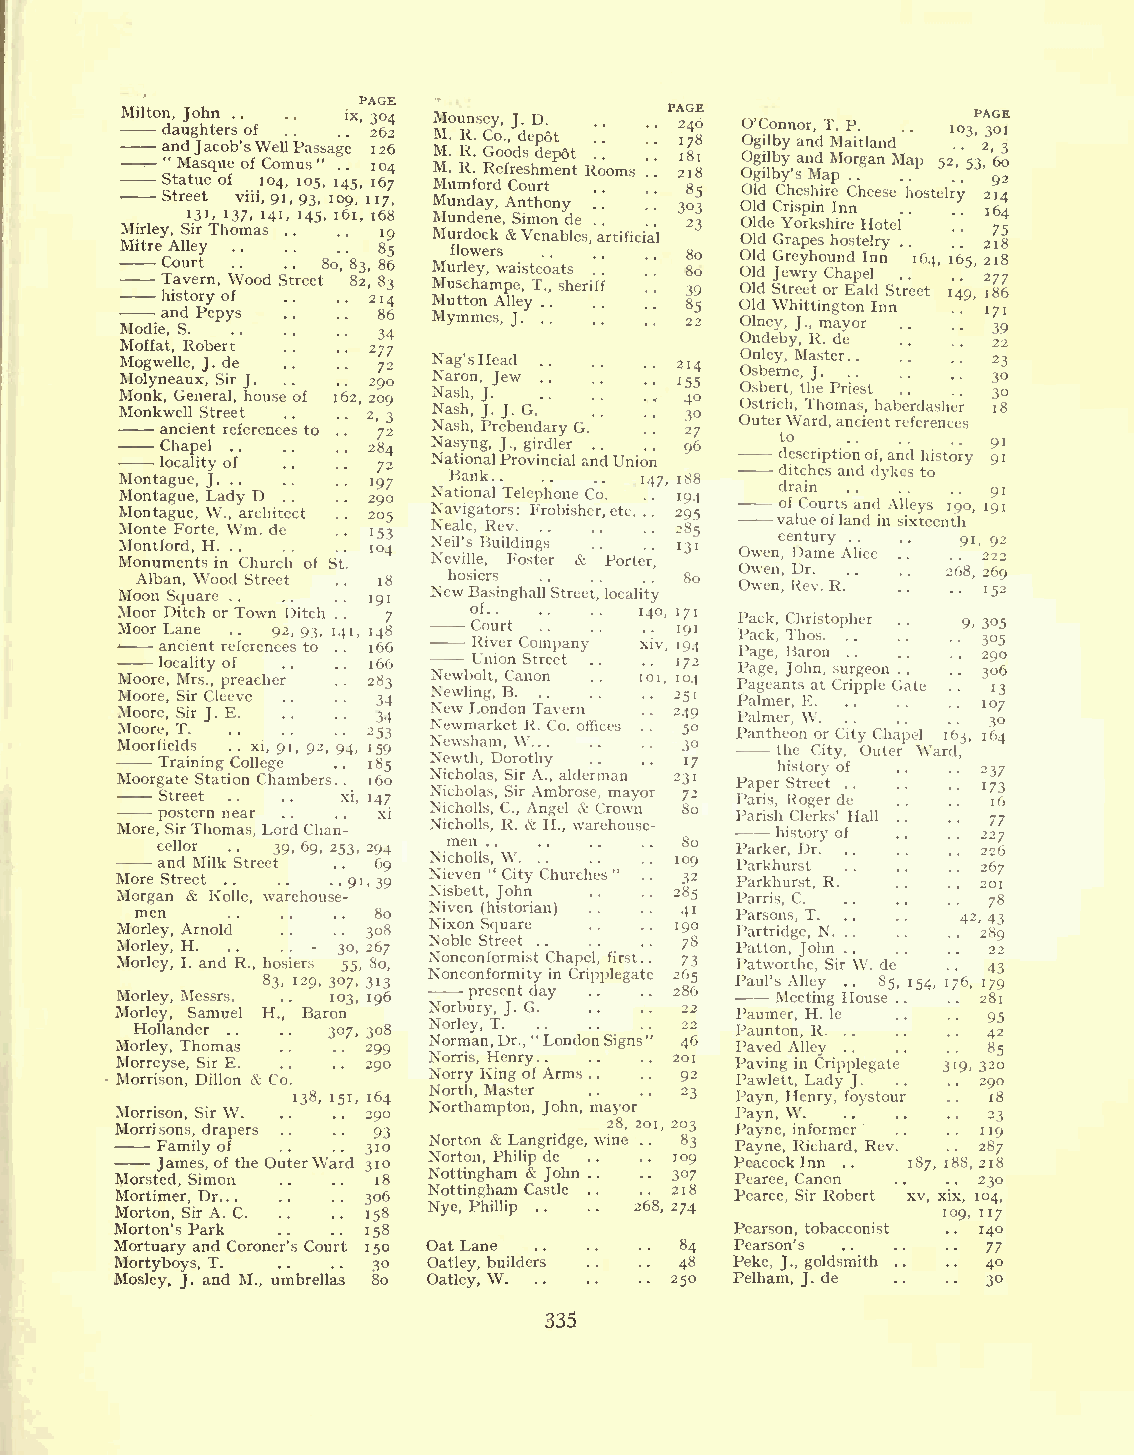
PAGE
 Milton d a ", a n Mu dJ ago Jh sh at qn ce uor ebs. '. oso ff W Cel ol m. . u. . P sas "sag. .e; . .x , 3 2 1 160 2 024 6
 4
 Statue of 104, 105, 145, 167
 Street viii, 91, 93, 109, 117,
 131, 137, 141, 145, 161, 168
 Mirley, Sir Thomas .. .. 19
 Mitre Alley .. .. .. 85
 TC ao vu er rt n, W.o. od S. t. reet80, 8 83 2, , 88 36
 -h ai ns dto Pr ey po yf
 s
 .. .. 21 84
 6
 Modie, S.        34
 Moffat, Robert  277
 Mogwelle, J. de  72
 Molyneaux, Sir J. 290
 Monk, General, house of 162, 209
 Monkwell Street
 2, 3
 ancient references to . . 72
 Chapel       284
 locality of   72
 Montague, J. . . D '97
 Montague, Lady . . 290
 Montague, W., architect 205
 Monte Forte, Wm. de
 H
 Montford,       104
 Monuments in Church of St.
 Alban, Wood Street 18
 Moon Square     191
 Moor Ditch or Town Ditch
 Moor Lane .. 92,93, 1. 4. 1, 1487
 -  ancient references to . . 166
 locality of  166
 Moore, Mrs., preacher 283
 Moore, Sir Cleeve 34
 Moore, Sir J. E. 34
 Moore, T.       253
 Moor -fields .. xi, 91, 92, 94, '59
 Training College 185
 Moorgate Station Chambers . . 160
 Street . . . . xi, '47
 postern near   xi
 More, SirThomas,LordChan-
 cellor